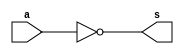
 // ------------------------- 
// Exemplo0021 - COMPLEMENTO DE 1 
// Nome: Rafael Santos Moura 
// ------------------------- 
// ------------------------- 
// test number system 
// ------------------------- 

module EX06 (output [7:0]s, input [7:0]a);
	assign s = ~a;
endmodule

module test_base_01; 
// ------------------------- definir dados 
	reg [7:0] a;	
	wire [7:0] sA;
	
	EX06 questao06(sA, a); 
	
initial begin: start
	a = 8'b10101010; 
end

// ------------------------- parte principal 
initial begin
	$display("Exemplo0021 - Rafael Santos Moura - 441705"); 
	$display("Test number system"); 
	 
		#1
	$display("\nQuestao 06)");
	$display("%b = %b", a, sA);

end 
endmodule // test_base